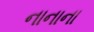
નાનાના